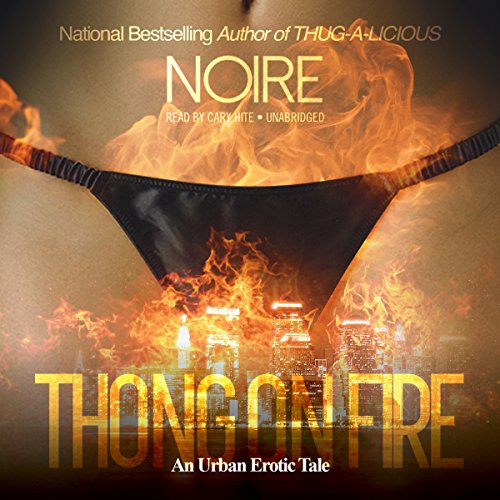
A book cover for Thong on Fire: An Urban Erotic Tale;  Noire; Romance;